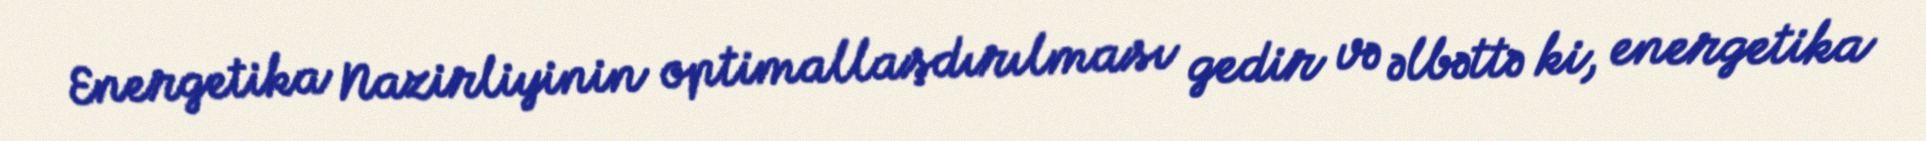
Energetika Nazirliyinin optimallaşdırılması gedir və əlbəttə ki, energetika